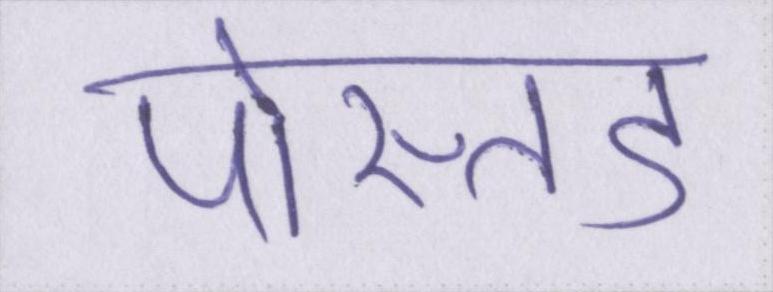
पोस्तेड